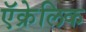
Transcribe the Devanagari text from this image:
ऍक्रेलिक